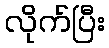
လိုက်ပြီး